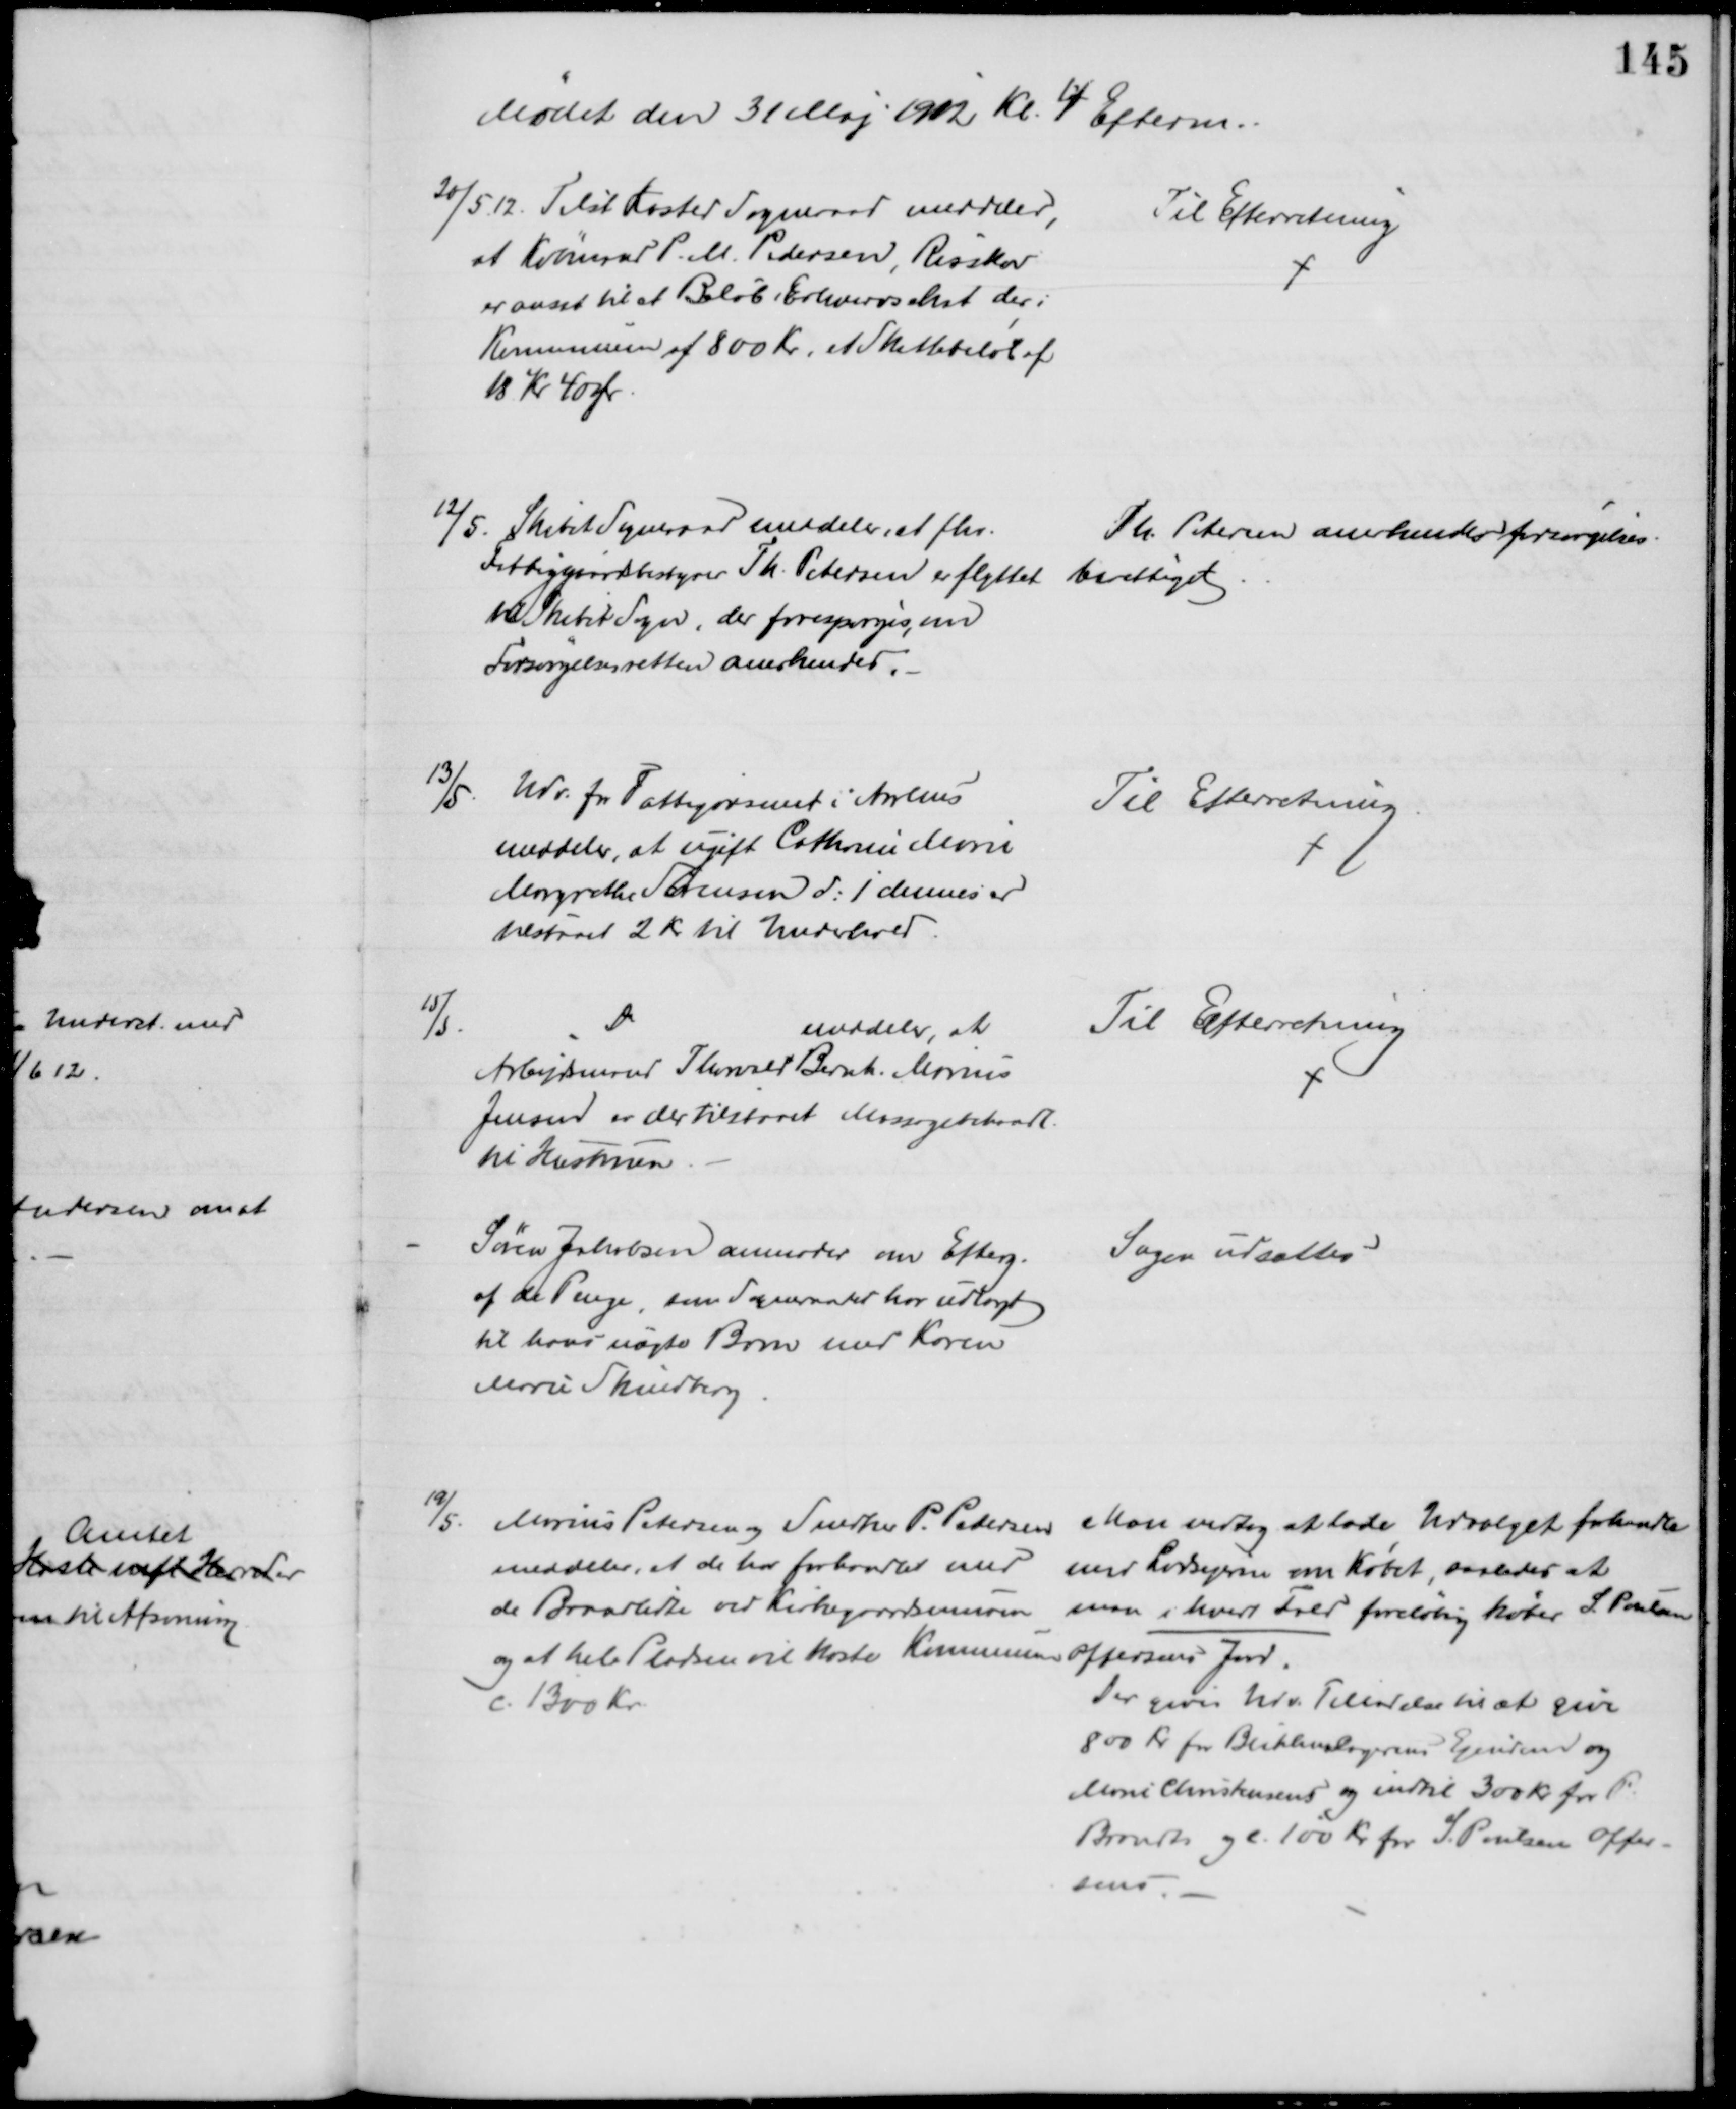
Transskription:
Mødet den 31 Maj 1912 Kl. 4 Efterm.
20/5 12. Tilst Kasted Sogneraad meddeler,
at Købmand P. M. Pedersen, Risskov
er ansat til et Beløb i Erhvervsskat der i
Kommunen af 800 Kr, et Skattebeløb af 
18 Kr 40 Ør.
Til Efterretning
12/5. Skibet Sogneraad meddeler, at fhv.
Fattiggaardsbestyrer Th. Petersen er flyttet 
til Skibet Sogn, der forespørges, om
Forsørgelsesretten anerkendes.
Th. Petersen anerkendes forsørgelses-
berettiget
13/5. Udv. for Fattigvæsenet i Aarhus
meddeler, at ugift Cathrine Marie 
Margrethe Sørensen d: 1 dennes er
tilstaaet 2 Kr til Underhold
Til Efterretning
15/5. 
Do
meddeler, at
Arbejdsmand Thorvald Bernh. Marius
Jensen er der tilstaaet Massagebehandl.
til Hustruen
Til Efterretning
Søren Jakobsen anmoder om Efterg.
af de Penge, som Sogneraadet har udlagt
til hans uægte Barn med Karen
Marie Skindberg
Sagen udsattes
19/5. Marius Petersen og Snedker P. Pedersen
meddeler, at de har forhandlet med
de Brandlidte ved Kirkegaardsmuren
og at hele Pladsen vil koste Kommunen 
c. 1300 Kr.
Man vedtog at lade Udvalget forhandle
med Lodsejerne om købet, saaledes at
man i hvert Fald foreløbig køber S. Poulsen
Offersens Jord.
Der gives Udv. Tilladelse til at give
800 Kr for Blikkenslagerens Ejendom og 
Marie Christensens og indtil 300 Kr. for P.
Brandts og c. 100 Kr for S. Poulsen Offer-
sens.